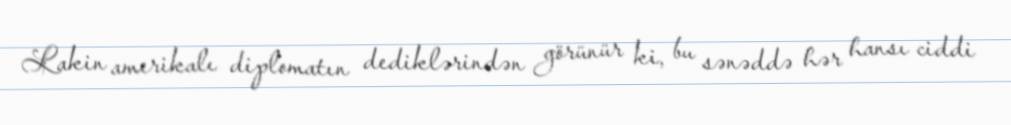
Lakin amerikalı diplomatın dediklərindən görünür ki, bu sənəddə hər hansı ciddi